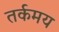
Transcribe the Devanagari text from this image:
तर्कमय